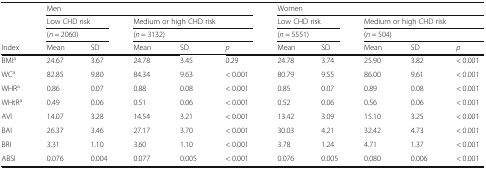
|  | <COLSPAN=5> Men | <COLSPAN=5> Women |
 |  | <COLSPAN=2> Low CHD risk | <COLSPAN=3> Medium or high CHD risk | <COLSPAN=2> Low CHD risk | <COLSPAN=3> Medium or high CHD risk |
 |  | <COLSPAN=2> (n = 2060) | <COLSPAN=3> (n = 3132) | <COLSPAN=2> (n = 5551) | <COLSPAN=3> (n = 504) |
 | Index | Mean | SD | Mean | SD | p | Mean | SD | Mean | SD | p |
 | --- | --- | --- | --- | --- | --- | --- | --- | --- | --- | --- |
 | BMIa | 24.67 | 3.67 | 24.78 | 3.45 | 0.29 | 24.78 | 3.74 | 25.90 | 3.82 | < 0.001 |
 | WCa | 82.85 | 9.80 | 84.34 | 9.63 | < 0.001 | 80.79 | 9.55 | 86.00 | 9.61 | < 0.001 |
 | WHRa | 0.86 | 0.07 | 0.88 | 0.08 | < 0.001 | 0.85 | 0.07 | 0.89 | 0.08 | < 0.001 |
 | WHtRa | 0.49 | 0.06 | 0.51 | 0.06 | < 0.001 | 0.52 | 0.06 | 0.56 | 0.06 | < 0.001 |
 | AVI | 14.07 | 3.28 | 14.54 | 3.21 | < 0.001 | 13.42 | 3.09 | 15.10 | 3.25 | < 0.001 |
 | BAI | 26.37 | 3.46 | 27.17 | 3.70 | < 0.001 | 30.03 | 4.21 | 32.42 | 4.73 | < 0.001 |
 | BRI | 3.31 | 1.10 | 3.60 | 1.10 | < 0.001 | 3.78 | 1.24 | 4.71 | 1.37 | < 0.001 |
 | ABSI | 0.076 | 0.004 | 0.077 | 0.005 | < 0.001 | 0.076 | 0.005 | 0.080 | 0.006 | < 0.001 |